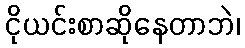
ငိုယင်းစာဆိုနေတာဘဲ၊